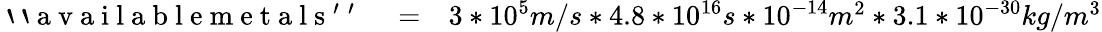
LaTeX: \begin{array}{rlr}{\mathrm{~`~`~a~v~a~i~l~a~b~l~e~m~e~t~a~l~s~'~'~}}&{{}=}&{3*10^{5}m/s*4.8*10^{16}s*10^{-14}m^{2}*3.1*10^{-30}kg/m^{3}}\end{array}